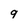
Character: 9